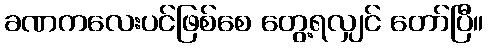
ခဏကလေးပင်ဖြစ်စေ တွေ့ရလျှင် တော်ပြီ။